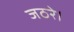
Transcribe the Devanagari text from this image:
जठरे।